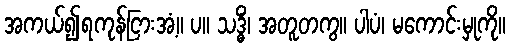
အကယ်၍ရကုန်ငြားအံ့။ ပ။ သဒ္ဓိံ၊ အတူတကွ။ ပါပံ၊ မကောင်းမှုကို။